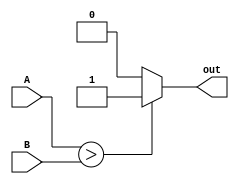
module comparator(
    input [15:0] A,
    input [15:0] B,
    output reg out
);

always @* begin
    if (A > B)
        out = 1;
    else if (A == B)
        out = 0;
    else
        out = 0;
end

endmodule